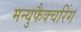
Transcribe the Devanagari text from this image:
मन्युफैक्चरिंग